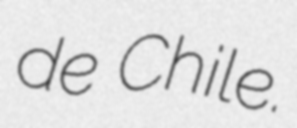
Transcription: de Chile.